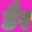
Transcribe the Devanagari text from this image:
डैर